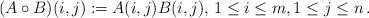
LaTeX: \begin{align*}(A\circ B)(i,j):=A(i,j)B(i,j),\,1\le i\le m,1\le j\le n\,.\end{align*}